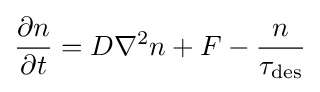
{\frac {\partial n}{\partial t}}=D\nabla ^{2}n+F-{\frac {n}{\tau _{\mathrm {des} }}}